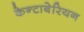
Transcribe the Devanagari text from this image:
केन्टाबेरियन